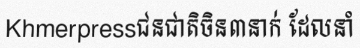
Khmerpressជនជាតិចិន៣នាក់ ដែលនាំ